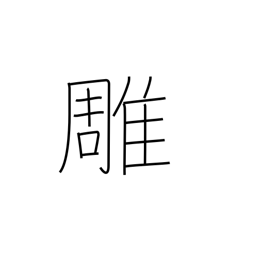
Meaning: carving